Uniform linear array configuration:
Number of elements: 16
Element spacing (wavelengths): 0.25
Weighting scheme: hamming
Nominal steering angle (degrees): -60
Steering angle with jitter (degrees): -60.26
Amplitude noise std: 0.05
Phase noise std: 0.05

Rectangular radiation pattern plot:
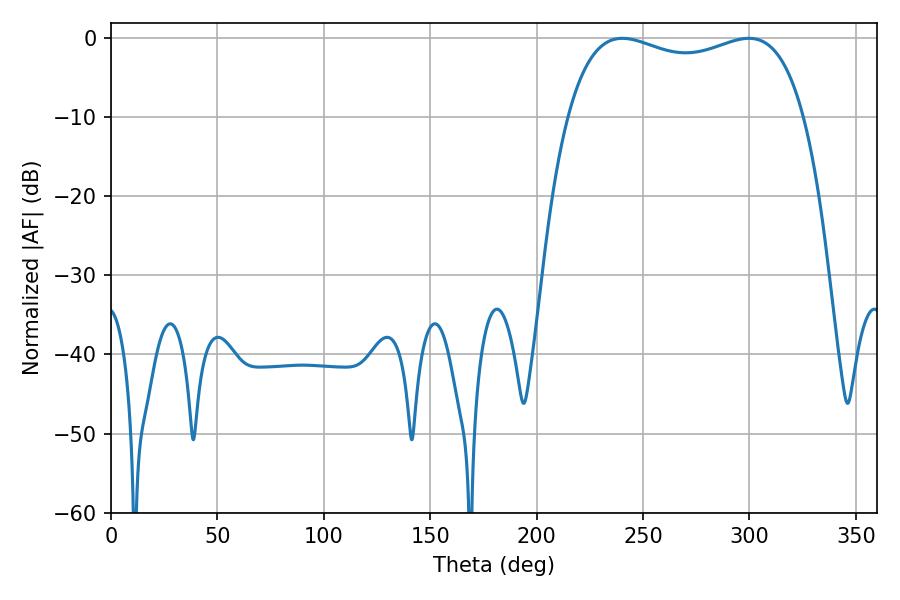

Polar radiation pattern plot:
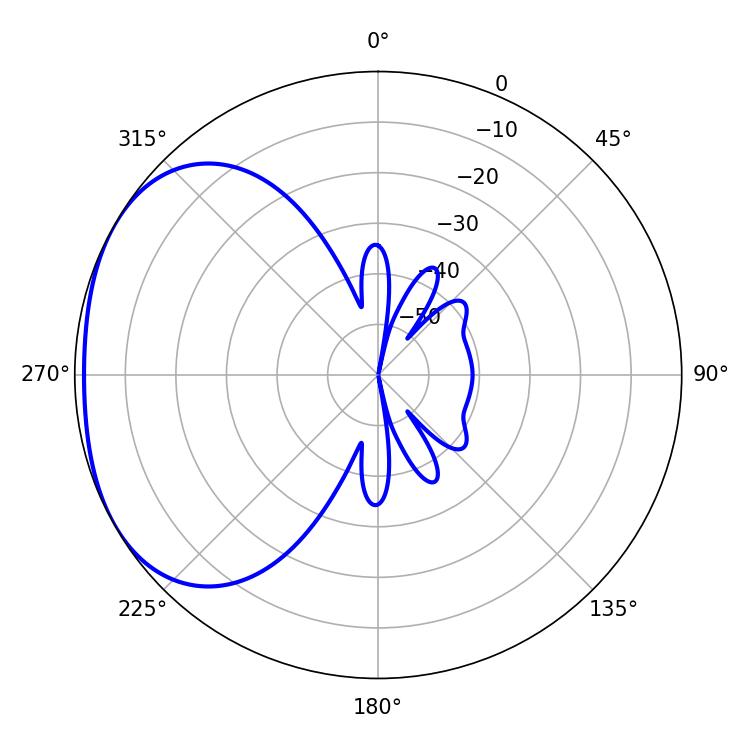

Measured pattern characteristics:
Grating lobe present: FALSE
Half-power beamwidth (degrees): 91.08
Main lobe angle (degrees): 240.3